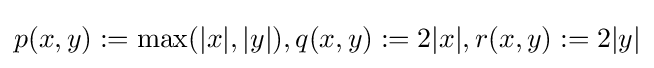
p(x,y):=\max(|x|,|y|),q(x,y):=2|x|,r(x,y):=2|y|